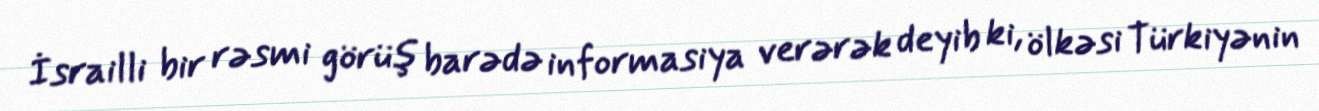
İsrailli bir rəsmi görüş barədə informasiya verərək deyib ki, ölkəsi Türkiyənin